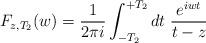
LaTeX: \begin{align*}F_{z,T_2}(w)=\frac{1}{2\pi i}\int_{-T_2}^{+T_2}dt\; \frac{e^{iwt}}{t-z}\end{align*}